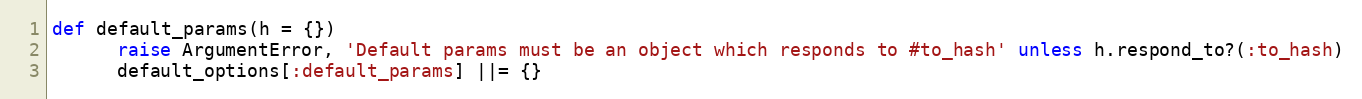
Language: Ruby
def default_params(h = {})
      raise ArgumentError, 'Default params must be an object which responds to #to_hash' unless h.respond_to?(:to_hash)
      default_options[:default_params] ||= {}